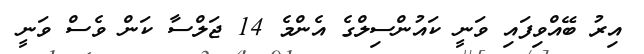
އިރު ބޭއްވިފައި ވަނީ ކައުންސިލްގެ އެންމެ 14 ޖަލްސާ ކަން ވެސް ވަނީ